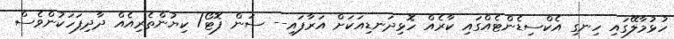
ހުޅުމާލޭގައި ހިނގި އެކްސިޑެންޓެއްގައި ކާރެއް ހޮޅިދަނޑިއަކަށް އަރާފައި-- ސަން ފޮޓޯ/ ކިޔުންތެރިއެއް ދާދިފަހަކުންވެސް